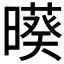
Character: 𣋒